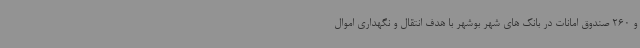
و 260 صندوق امانات در بانک های شهر بوشهر با هدف انتقال و نگهداری اموال